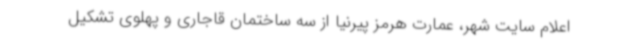
اعلام سایت شهر، عمارت هرمز پیرنیا از سه ساختمان قاجاری و پهلوی تشکیل